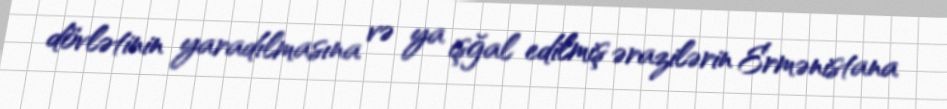
dövlətinin yaradılmasına və ya işğal edilmiş ərazilərin Ermənistana